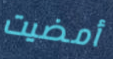
أمضيت